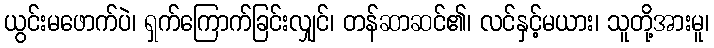
ယွင်းမဖောက်ပဲ၊ ရှက်ကြောက်ခြင်းလျှင်၊ တန်ဆာဆင်၏၊ လင်နှင့်မယား၊ သူတို့အားမူ၊